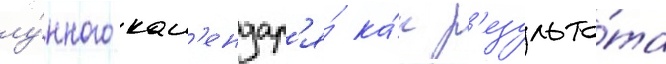
лу́нного кал'ендар'я́ ка́к р'езульта́та